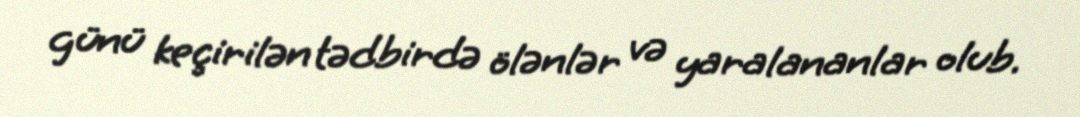
günü keçirilən tədbirdə ölənlər və yaralananlar olub.